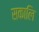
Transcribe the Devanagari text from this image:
सकालि